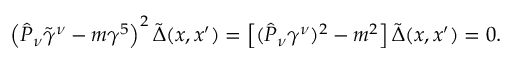
\left( \hat { { \cal P } } _ { \nu } \tilde { \gamma } ^ { \nu } - m \gamma ^ { 5 } \right) ^ { 2 } \tilde { \Delta } ( x , x ^ { \prime } ) = \left[ ( \hat { { \cal P } } _ { \nu } \gamma ^ { \nu } ) ^ { 2 } - m ^ { 2 } \right] \tilde { \Delta } ( x , x ^ { \prime } ) = 0 .